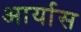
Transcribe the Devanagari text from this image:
आर्यास